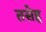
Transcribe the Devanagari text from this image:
तसेह